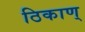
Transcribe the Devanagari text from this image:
ठिकाण्